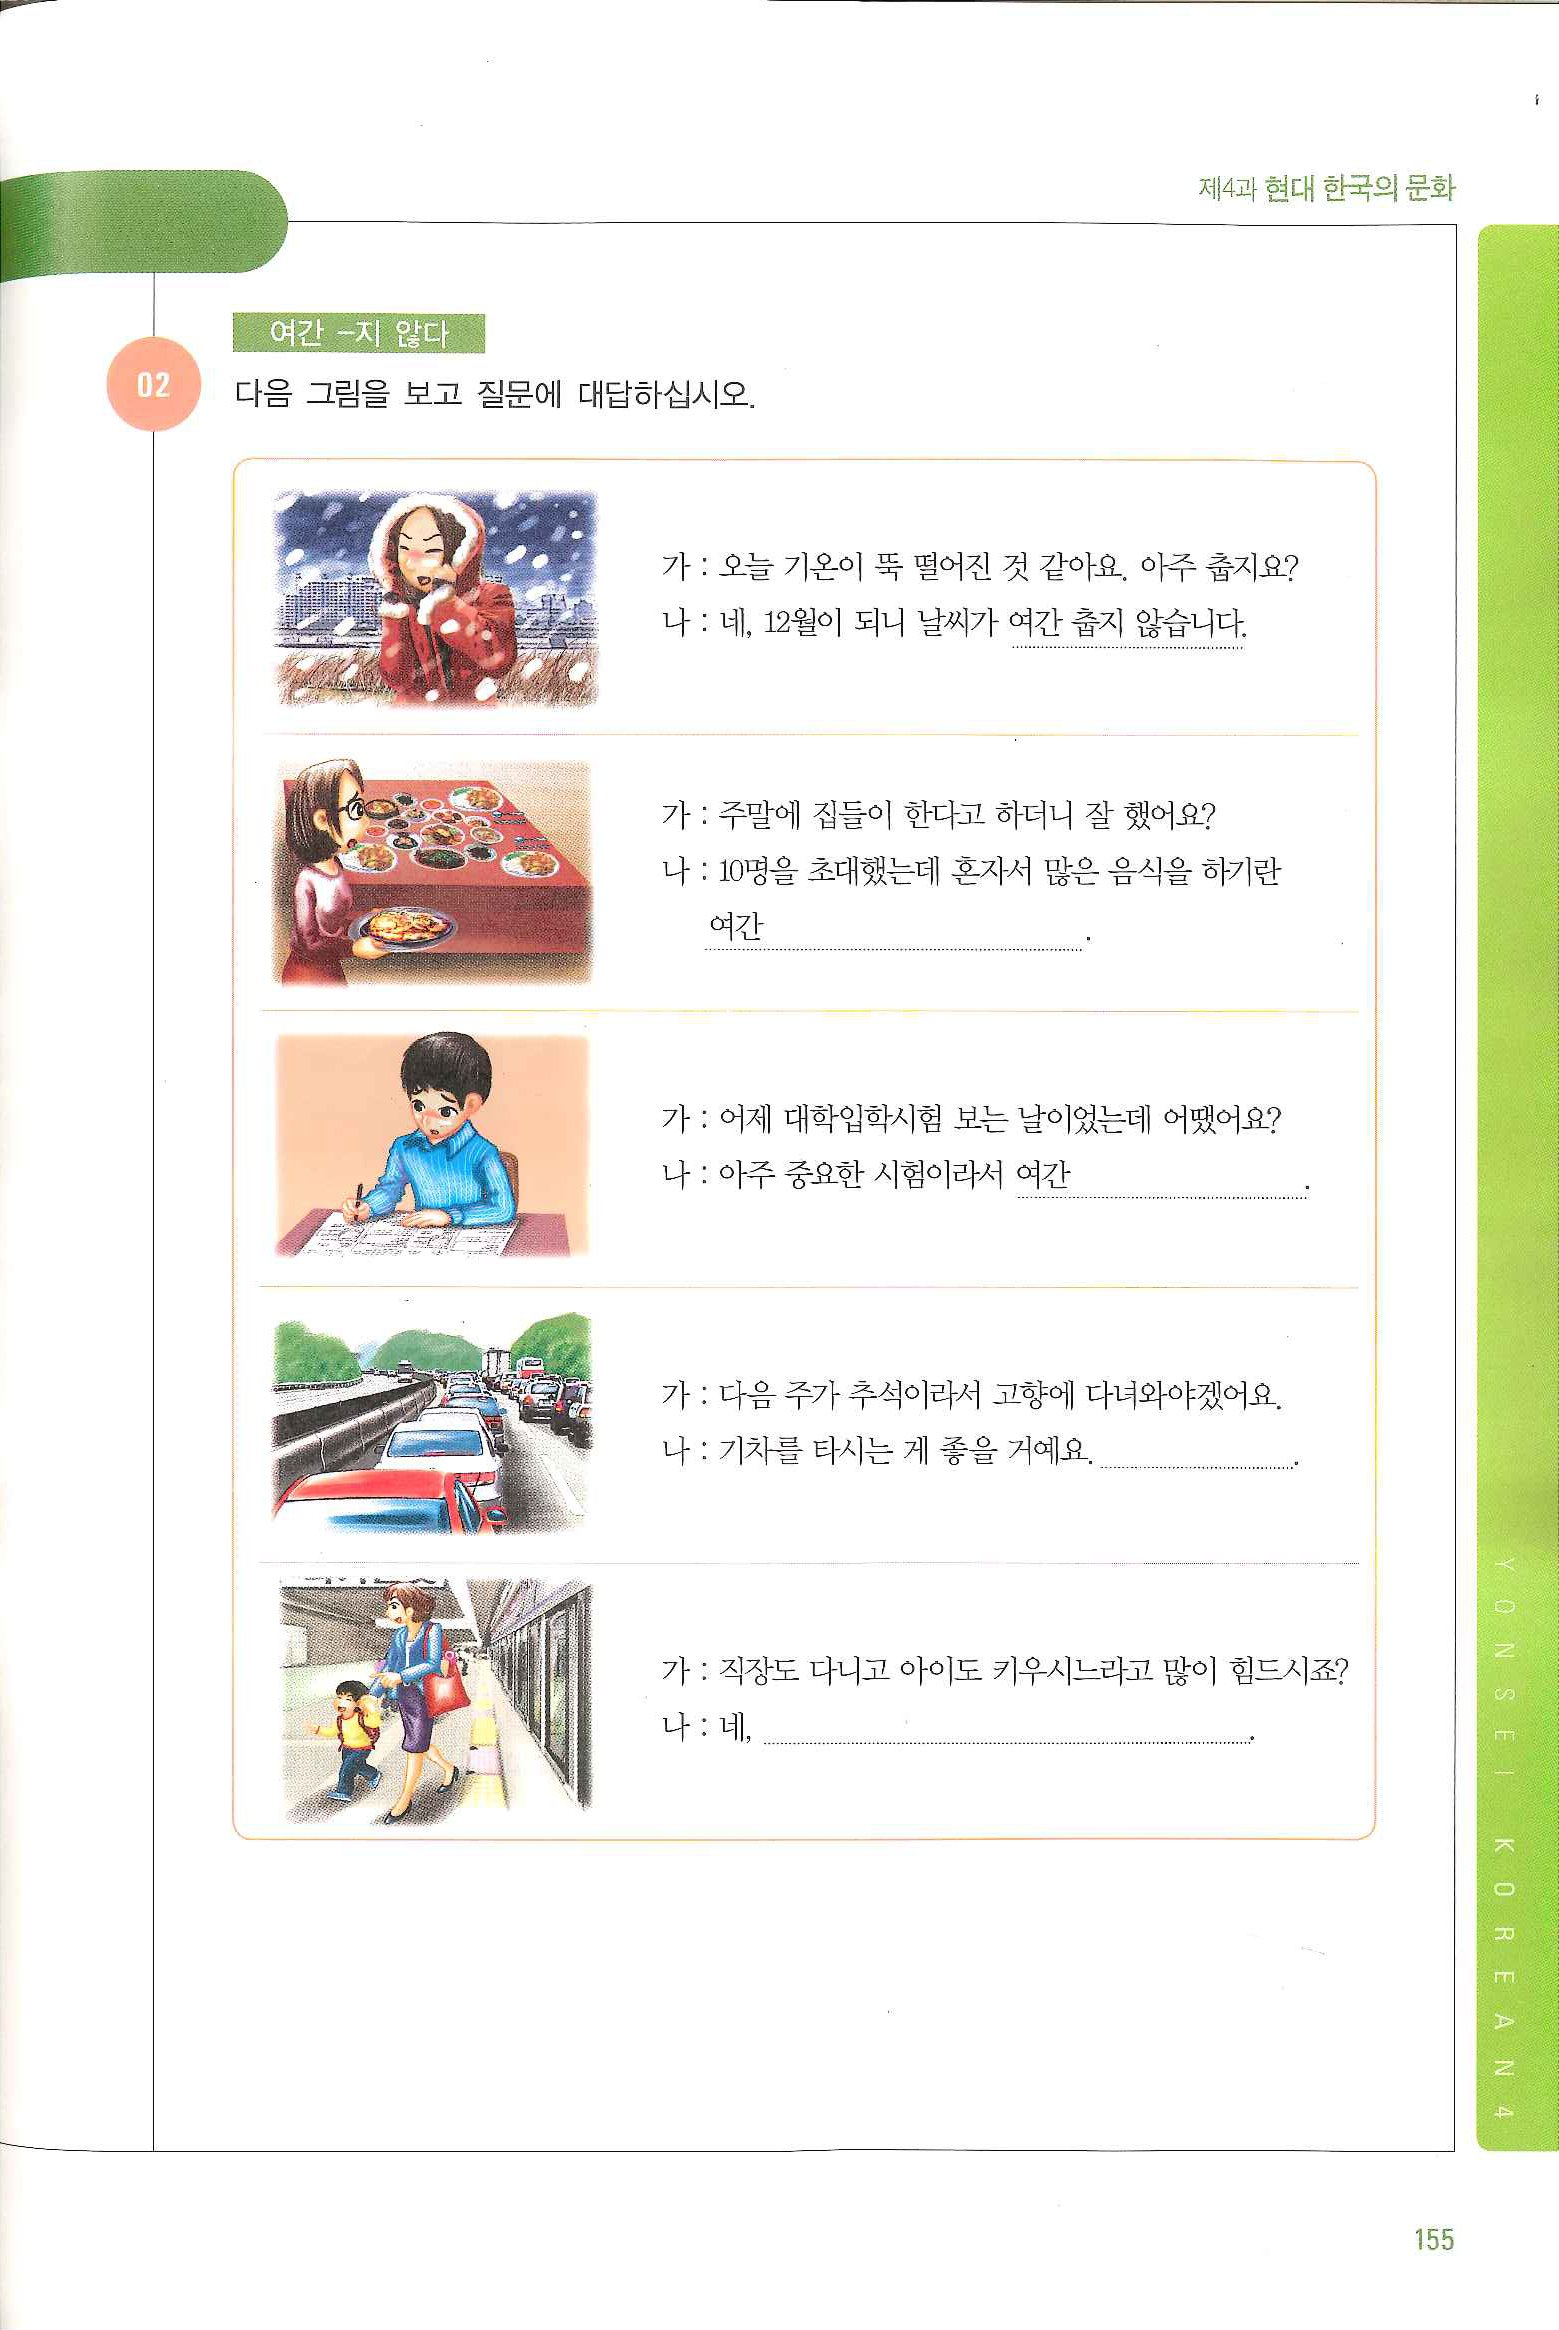
Language: ko